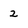
Character: 2